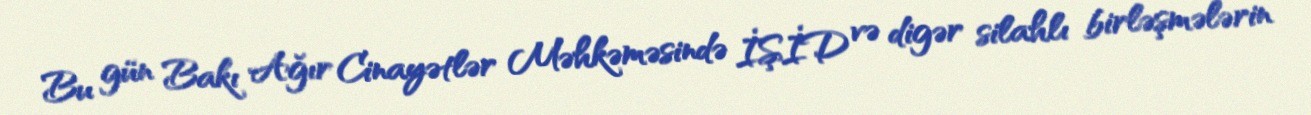
Bu gün Bakı Ağır Cinayətlər Məhkəməsində İŞİD və digər silahlı birləşmələrin